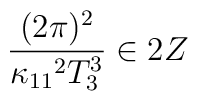
{(2\pi)^2\over\kappa_{11}{}^2T_3^3}\in 2Z